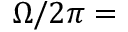
\Omega / 2 \pi =